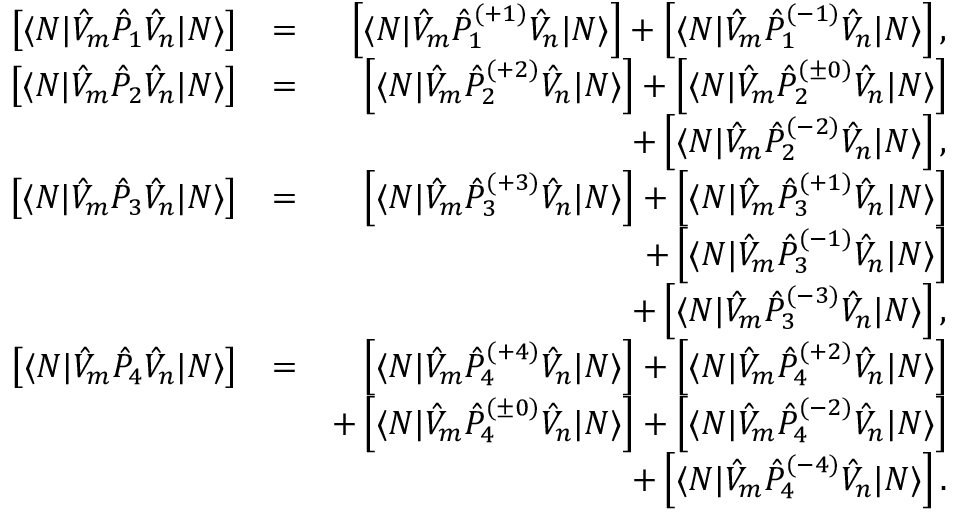
\begin{array} { r l r } { \left[ \langle N | \hat { V } _ { m } \hat { P } _ { 1 } \hat { V } _ { n } | N \rangle \right] } & { = } & { \left[ \langle N | \hat { V } _ { m } \hat { P } _ { 1 } ^ { ( + 1 ) } \hat { V } _ { n } | N \rangle \right] + \left[ \langle N | \hat { V } _ { m } \hat { P } _ { 1 } ^ { ( - 1 ) } \hat { V } _ { n } | N \rangle \right] , } \\ { \left[ \langle N | \hat { V } _ { m } \hat { P } _ { 2 } \hat { V } _ { n } | N \rangle \right] } & { = } & { \left[ \langle N | \hat { V } _ { m } \hat { P } _ { 2 } ^ { ( + 2 ) } \hat { V } _ { n } | N \rangle \right] + \left[ \langle N | \hat { V } _ { m } \hat { P } _ { 2 } ^ { ( \pm 0 ) } \hat { V } _ { n } | N \rangle \right] } \\ & { } & { + \left[ \langle N | \hat { V } _ { m } \hat { P } _ { 2 } ^ { ( - 2 ) } \hat { V } _ { n } | N \rangle \right] , } \\ { \left[ \langle N | \hat { V } _ { m } \hat { P } _ { 3 } \hat { V } _ { n } | N \rangle \right] } & { = } & { \left[ \langle N | \hat { V } _ { m } \hat { P } _ { 3 } ^ { ( + 3 ) } \hat { V } _ { n } | N \rangle \right] + \left[ \langle N | \hat { V } _ { m } \hat { P } _ { 3 } ^ { ( + 1 ) } \hat { V } _ { n } | N \rangle \right] } \\ & { } & { + \left[ \langle N | \hat { V } _ { m } \hat { P } _ { 3 } ^ { ( - 1 ) } \hat { V } _ { n } | N \rangle \right] } \\ & { } & { + \left[ \langle N | \hat { V } _ { m } \hat { P } _ { 3 } ^ { ( - 3 ) } \hat { V } _ { n } | N \rangle \right] , } \\ { \left[ \langle N | \hat { V } _ { m } \hat { P } _ { 4 } \hat { V } _ { n } | N \rangle \right] } & { = } & { \left[ \langle N | \hat { V } _ { m } \hat { P } _ { 4 } ^ { ( + 4 ) } \hat { V } _ { n } | N \rangle \right] + \left[ \langle N | \hat { V } _ { m } \hat { P } _ { 4 } ^ { ( + 2 ) } \hat { V } _ { n } | N \rangle \right] } \\ & { } & { + \left[ \langle N | \hat { V } _ { m } \hat { P } _ { 4 } ^ { ( \pm 0 ) } \hat { V } _ { n } | N \rangle \right] + \left[ \langle N | \hat { V } _ { m } \hat { P } _ { 4 } ^ { ( - 2 ) } \hat { V } _ { n } | N \rangle \right] } \\ & { } & { + \left[ \langle N | \hat { V } _ { m } \hat { P } _ { 4 } ^ { ( - 4 ) } \hat { V } _ { n } | N \rangle \right] . } \end{array}